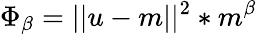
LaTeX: \Phi_{\beta}=||u-m||^{2}*m^{\beta}